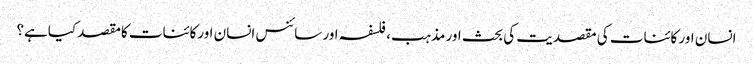
انسان اور کائنات کی مقصدیت کی بحث اور مذہب، فلسفہ اور سائنس انسان اورکائنات کامقصد کیاہے؟